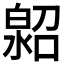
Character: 𤾌